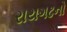
રાયગઢનો